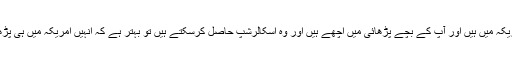
اگر آپ امریکہ میں ہیں اور آپ کے بچے پڑھائی میں اچھے ہیں اور وہ اسکالرشپ حاصل کرسکتے ہیں تو بہتر ہے کہ انہیں امریکہ میں ہی پڑھایا جائے ۔